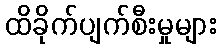
ထိခိုက်ပျက်စီးမှုများ